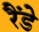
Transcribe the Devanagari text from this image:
रैंडे